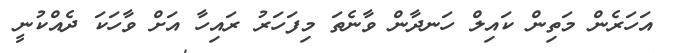
އަހަރެން މަތިން ކައިލް ހަނދާން ވާނެތަ މިފަހަރު ރައިހާ އަށް ވާހަކަ ދެއްކުނީ